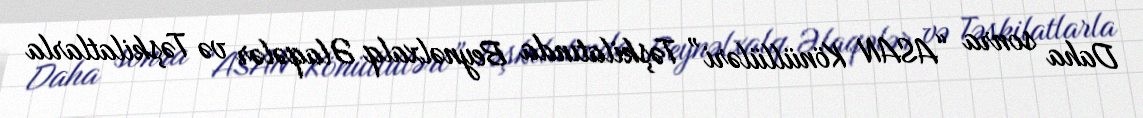
Daha sonra “ASAN Könüllüləri” Təşkilatında Beynəlxalq Əlaqələr və Təşkilatlarla